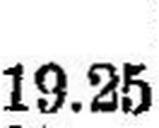
19.25